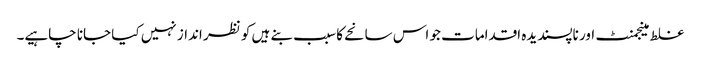
غلط مینجمنٹ اور ناپسندیدہ اقدامات جو اس سانحے کا سبب بنے ہیں کو نظر انداز نہیں کیا جانا چاہیے۔